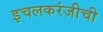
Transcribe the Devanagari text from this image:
इचलकरंजीची